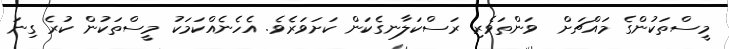
މީސްތަކުންގެ މައްޗަށް  ވަންތަވެރި ރަސްކަލާނގެކަން ކަށަވަރެވެ. އެހެނެއްކަމަކު މީސްތަކުން ކުރެ ގިނަ